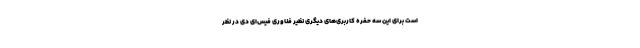
است برای این سه حفره کاربری‌های دیگری نظیر فناوری فیس‌ای دی در نظر